Report on vaccination North-West Frontier Province 1904-1922 - 1904-1922
Year: 1904
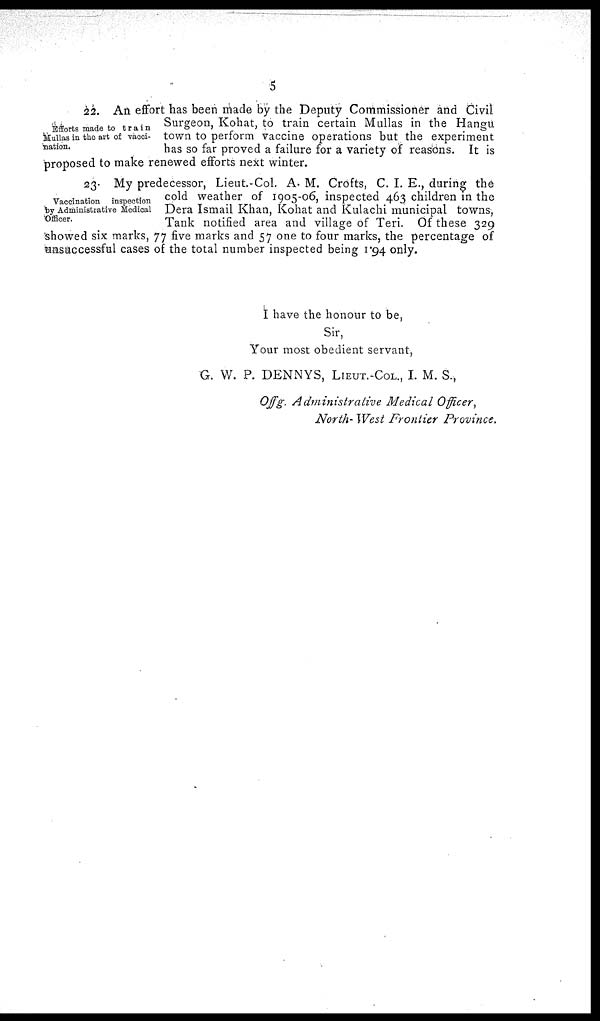
5
Efforts made to train
Mullas in the art of vacci-
nation.
22. An effort has been made by the Deputy Commissioner and Civil
Surgeon, Kohat, to train certain Mullas in the Hangu
town to perform vaccine operations but the experiment
has so far proved a failure for a variety of reasons. It is
proposed to make renewed efforts next winter.
Vaccination
inspection
by Administrative Medical
Officer.
23. My predecessor, Lieut.-Col. A. M. Crofts, C. I. E., during the
cold weather of 1905-06, inspected 463 children in the
Dera Ismail Khan, Kohat and Kulachi municipal towns,
Tank notified area and village of Teri. Of these 329
showed six marks, 77 five marks and 57 one to four marks, the percentage of
unsuccessful cases of the total number inspected being 1.94 only.
I have the honour to be,
Sir,
Your most obedient servant,
G. W. P. DENNYS, LIEUT.-COL., I. M. S.,
Offg. Administrative Medical Officer,
North- West Frontier Province.